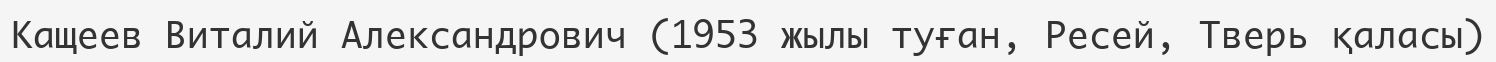
Кащеев Виталий Александрович (1953 жылы туған, Ресей, Тверь қаласы)